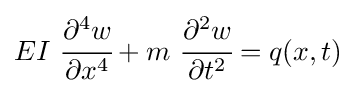
EI~{\cfrac {\partial ^{4}w}{\partial x^{4}}}+m~{\cfrac {\partial ^{2}w}{\partial t^{2}}}=q(x,t)